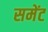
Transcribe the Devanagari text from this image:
समेंट